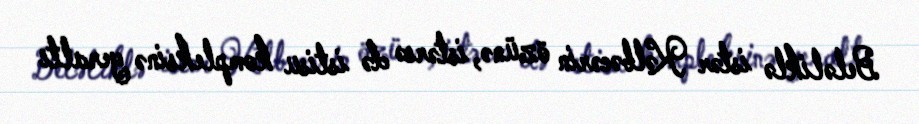
Beləliklə istər Kəlbəcərin özünə, istərsə də istisu kompleksinə yeraltı